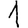
Digit: 1